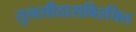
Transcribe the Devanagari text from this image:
तुलसीदासविरचित